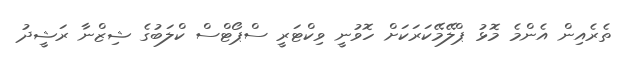
ތެރެއިން އެންމެ މޮޅު ޕްލޭމޭކަރަކަށް ހޮވުނީ ވިކްޓަރީ ސްޕޯޓްސް ކްލަބުގެ ޝިޒްނާ ރަޝީދު